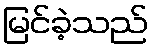
မြင်ခဲ့သည်